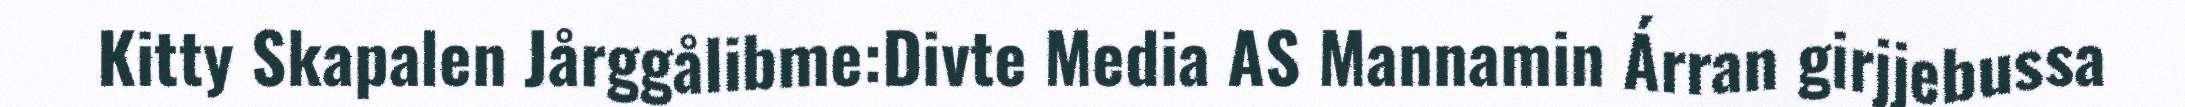
Kitty Skapalen Jårggålibme:Divte Media AS Mannamin Árran girjjebussa